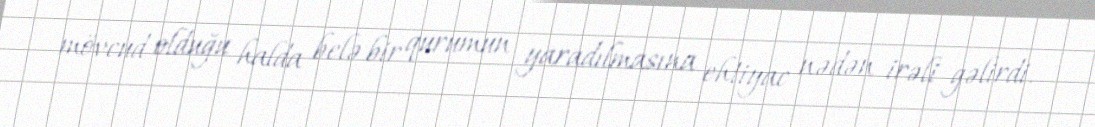
mövcud olduğu halda belə bir qurumun yaradılmasına ehtiyac nədən irəli gəlirdi.